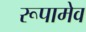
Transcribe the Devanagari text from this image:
रूपामेव